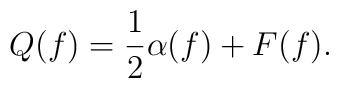
Q(f)={1\over2}\alpha(f)+F(f).